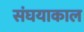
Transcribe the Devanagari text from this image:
संघयाकाल